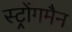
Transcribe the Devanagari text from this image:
स्ट्रोंगमैन